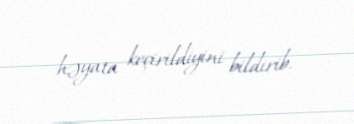
həyata keçirildiyini bildirib.